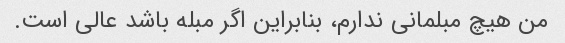
من هیچ مبلمانی ندارم، بنابراین اگر مبله باشد عالی است.